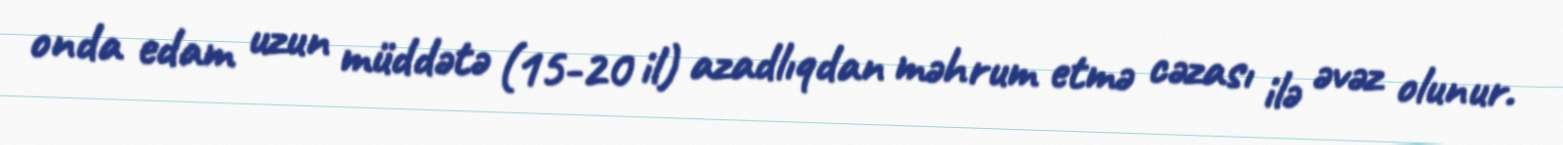
onda edam uzun müddətə (15-20 il) azadlıqdan məhrum etmə cəzası ilə əvəz olunur.